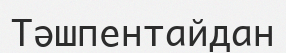
Тәшпентайдан